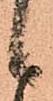
候